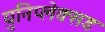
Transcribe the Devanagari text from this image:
युनिप्लेक्सड